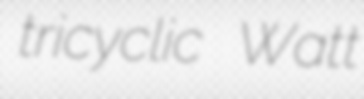
tricyclic Watt